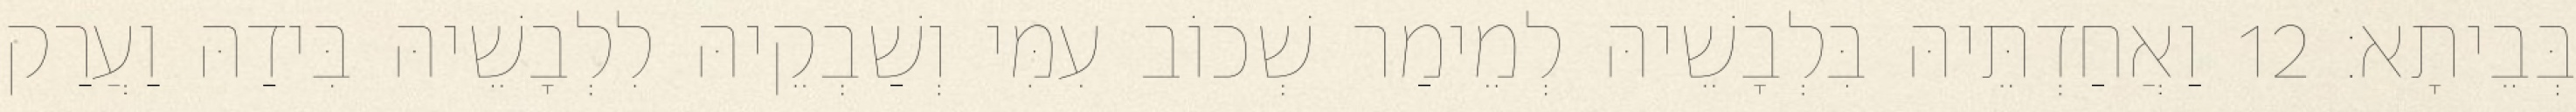
בְּבֵיתָא׃ 12 וַאֲחַדְתֵּיהּ בִּלְבָשֵׁיהּ לְמֵימַר שְׁכוֹב עִמִּי וְשַׁבְקֵיהּ לִלְבָשֵׁיהּ בִּידַהּ וַעֲרַק